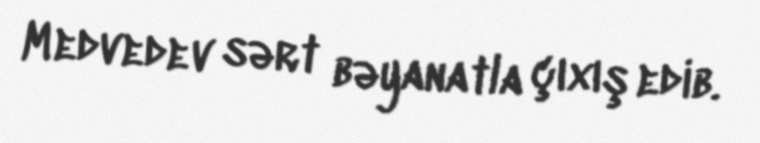
Medvedev sərt bəyanatla çıxış edib.